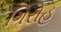
ગિરોહ